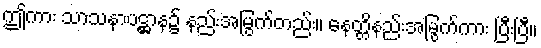
ဤကား သာသနာပဋ္ဌာန၌ နည်းအမြွက်တည်း။ နေတ္တိနည်းအမြွက်ကား ပြီးပြီ။